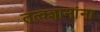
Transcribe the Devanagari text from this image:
तत्वज्ञानांना